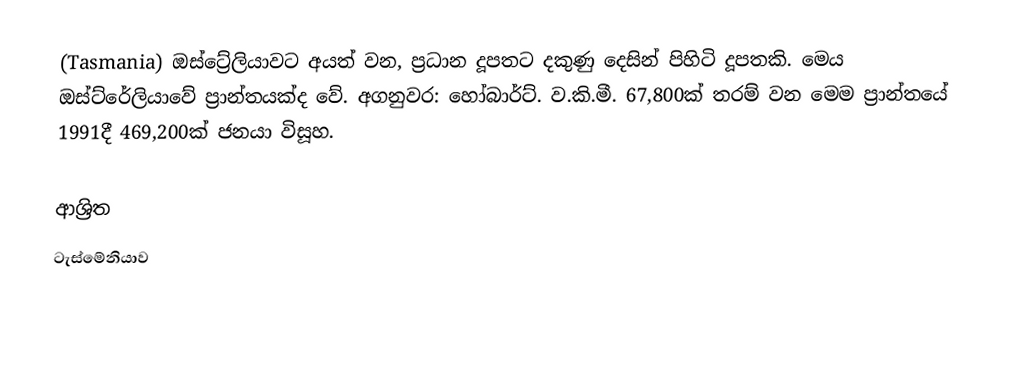
(Tasmania) ඔස්ට්‍රේලියාවට අයත් වන, ප්‍රධාන දූපතට දකුණු දෙසින් පිහිටි දූපතකි. මෙය ඔස්ට්රේලියාවේ ප්‍රාන්තයක්ද වේ. අගනුවර: හෝබාර්ට්. ව.කි.මී. 67,800ක් තරම් වන මෙම ප්‍රාන්තයේ 1991දී 469,200ක් ජනයා විසූහ.

ආශ්‍රිත
 ටැස්මේනියාව